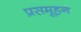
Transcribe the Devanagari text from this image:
प्रसमूहन